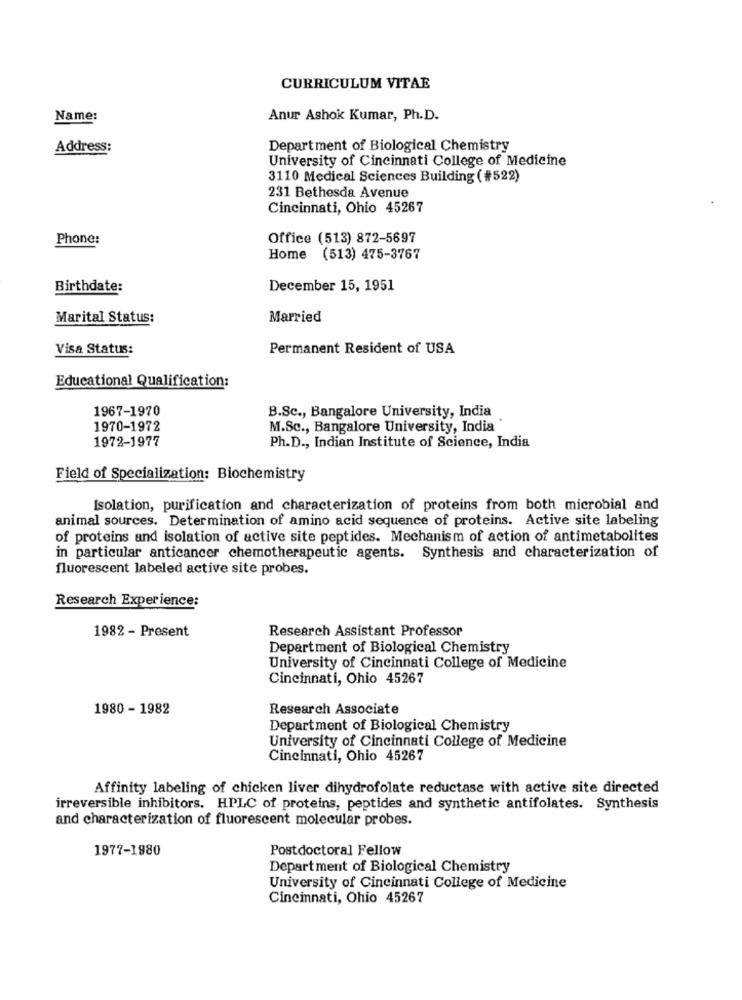
CURRICULUM VITAE
Name:
Anur Ashok Kumar, Ph.D.
Address:
Department of Biological Chemistry
University of Cincinnati College of Medicine
3110 Medical Sciences Building (#522)
231 Bethesda Avenue
Cincinnati, Ohio 45267
Phone:
Office (513) 872-5697
Home (513) 475-3767
Birthdate:
December 15, 1951
Marital Status:
Married
Visa Status:
Permanent Resident of USA
Educational Qualification:
1967-1970
B.Sc ., Bangalore University, India
1970-1972
M.Sc ., Bangalore University, India
1972-1977
Ph.D ., Indian Institute of Science, India
Field of Specialization: Biochemistry
Isolation, purification and characterization of proteins from both microbial and
animal sources. Determination of amino acid sequence of proteins. Active site labeling
of proteins and isolation of active site peptides. Mechanism of action of antimetabolites
in particular anticancer chemotherapeutic agents. Synthesis and characterization of
fluorescent labeled active site probes.
Research Experience:
1982 - Present
Research Assistant Professor
Department of Biological Chemistry
University of Cincinnati College of Medicine
Cincinnati, Ohio 45267
1980 - 1982
Research Associate
Department of Biological Chemistry
University of Cincinnati College of Medicine
Cincinnati, Ohio 45267
Affinity labeling of chicken liver dihydrofolate reductase with active site directed
irreversible inhibitors. HPLC of proteins, peptides and synthetic antifolates. Synthesis
and characterization of fluorescent molecular probes.
1977-1980
Postdoctoral Fellow
Department of Biological Chemistry
University of Cincinnati College of Medicine
Cincinnati, Ohio 45267